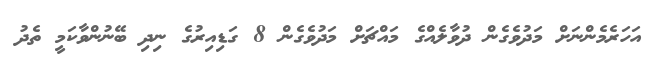
އަހަރެމެންނަށް މަދުވެގެން ދުވާލެއްގެ މައްޗަށް މަދުވެގެން 8 ގަޑިއިރުގެ ނިދި ބޭނުންވާކަމީ ތެދު